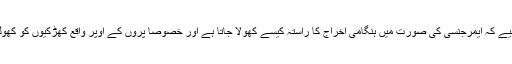
اسی طرح آپ کو یہ بھی معلوم ہونا چاہیے کہ ایمرجنسی کی صورت میں ہنگامی اخراج کا راستہ کیسے کھولا جاتا ہے اور خصوصاً پروں کے اوپر واقع کھڑکیوں کو کھولنے کا طریقہ آپ کو معلوم ہونا چاہیے۔